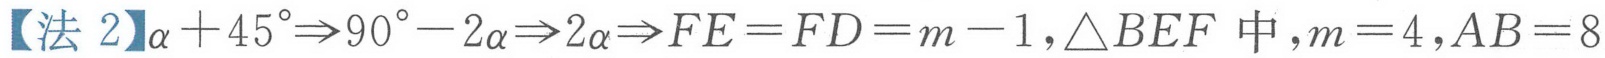
【法 2】\(\alpha + 45^{\circ}\Rightarrow90^{\circ}-2\alpha\Rightarrow2\alpha\Rightarrow FE = FD = m - 1,\triangle BEF\)中，\(m = 4,AB = 8\)